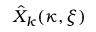
\hat { X } _ { k } ( \kappa , \xi )